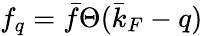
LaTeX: f_{q}=\bar{f}\Theta(\bar{k}_{F}-q)